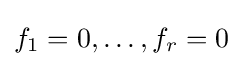
f_{1}=0,\ldots ,f_{r}=0